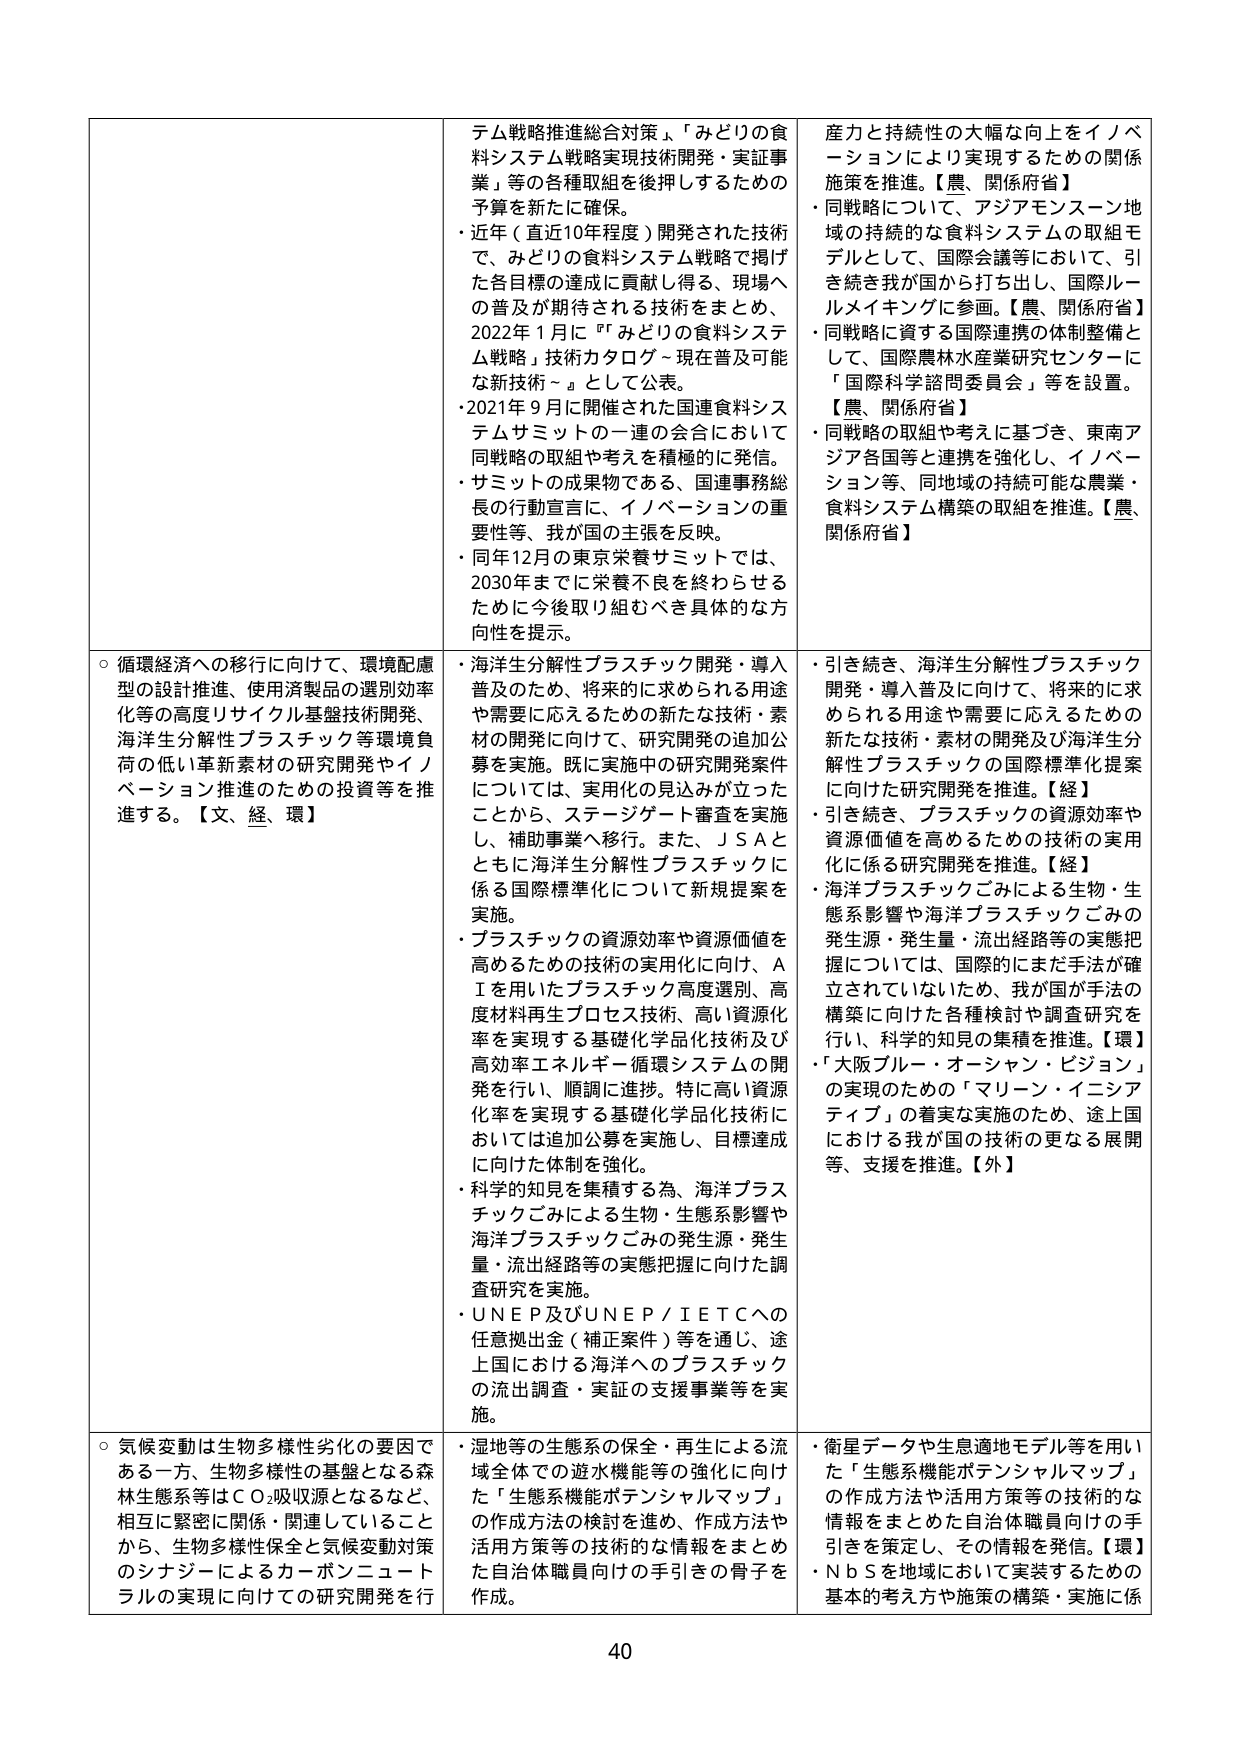
○ 循環経済への移行に向けて、環境配慮型の設計推進、使用済製品の選別効率化等の高度リサイクル基盤技術開発、海洋生分解性プラスチック等環境負荷の低い革新素材の研究開発やイノベーション推進のための投資等を推進する。【文、経、環】

○ 気候変動は生物多様性劣化の要因である一方、生物多様性の基盤となる森林生態系等はＣＯ₂吸収源となるなど、相互に緊密に関係・関連していることから、生物多様性保全と気候変動対策のシナジーによるカーボンニュートラルの実現に向けての研究開発を行

・近年（直近10年程度）開発された技術で、みどりの食料システム戦略で掲げた各目標の達成に貢献し得る、現場への普及が期待される技術をまとめ、2022年1月に『「みどりの食料システム戦略」技術カタログ～現在普及可能な新技術～』として公表。
・2021年9月に開催された国連食料システムサミットの一連の会合において同戦略の取組や考えを積極的に発信。
・サミットの成果物である、国連事務総長の行動宣言に、イノベーションの重要性等、我が国の主張を反映。
・同年12月の東京栄養サミットでは、2030年までに栄養不良を終わらせるために今後取り組むべき具体的な方向性を提示。

・海洋生分解性プラスチック開発・導入普及のため、将来的に求められる用途や需要に応えるための新たな技術・素材の開発に向けて、研究開発の追加公募を実施。既に実施中の研究開発案件については、実用化の見込みが立ったことから、ステージゲート審査を実施し、補助事業へ移行。また、ＪＳＡとともに海洋生分解性プラスチックに係る国際標準化について新規提案を実施。
・プラスチックの資源効率や資源価値を高めるための技術の実用化に向け、ＡＩを用いたプラスチック高度選別、高度材料再生プロセス技術、高い資源化率を実現する基礎化学品化技術及び高効率エネルギー循環システムの開発を行い、順調に進捗。特に高い資源化率を実現する基礎化学品化技術においては追加公募を実施し、目標達成に向けた体制を強化。
・科学的知見を集積する為、海洋プラスチックごみによる生物・生態系影響や海洋プラスチックごみの発生源・発生量・流出経路等の実態把握に向けた調査研究を実施。
・ＵＮＥＰ及びＵＮＥＰ／ＩＥＴＣへの任意拠出金（補正案件）等を通じ、途上国における海洋へのプラスチックの流出調査・実証の支援事業等を実施。

・湿地等の生態系の保全・再生による流域全体での遊水機能等の強化に向けた「生態系機能ポテンシャルマップ」の作成方法の検討を進め、作成方法や活用方策等の技術的な情報をまとめた自治体職員向けの手引きの骨子を作成。

産力と持続性の大幅な向上をイノベーションにより実現するための関係施策を推進。【農、関係府省】
・同戦略について、アジアモンスーン地域の持続的な食料システムの取組モデルとして、国際会議等において、引き続き我が国から打ち出し、国際ルールメイキングに参画。【農、関係府省】
・同戦略に資する国際連携の体制整備として、国際農林水産業研究センターに「国際科学諮問委員会」等を設置。【農、関係府省】
・同戦略の取組や考えに基づき、東南アジア各国等と連携を強化し、イノベーション等、同地域の持続可能な農業・食料システム構築の取組を推進。【農、関係府省】

・引き続き、海洋生分解性プラスチック開発・導入普及に向けて、将来的に求められる用途や需要に応えるための新たな技術・素材の開発及び海洋生分解性プラスチックの国際標準化提案に向けた研究開発を推進。【経】
・引き続き、プラスチックの資源効率や資源価値を高めるための技術の実用化に係る研究開発を推進。【経】
・海洋プラスチックごみによる生物・生態系影響や海洋プラスチックごみの発生源・発生量・流出経路等の実態把握については、国際的にまだ手法が確立されていないため、我が国が手法の構築に向けた各種検討や調査研究を行い、科学的知見の集積を推進。【環】
・「大阪ブルー・オーシャン・ビジョン」の実現のための「マリーン・イニシアティブ」の着実な実施のため、途上国における我が国の技術の更なる展開等、支援を推進。【外】

・衛星データや生息適地モデル等を用いた「生態系機能ポテンシャルマップ」の作成方法や活用方策等の技術的な情報をまとめた自治体職員向けの手引きを策定し、その情報を発信。【環】
・ＮｂＳを地域において実装するための基本的考え方や施策の構築・実施に係

40